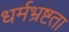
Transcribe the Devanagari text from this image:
धर्मभ्रष्टता